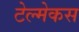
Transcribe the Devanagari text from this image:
टेल्मेकस